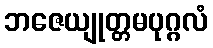
ဘဇေယျုတ္တမပုဂ္ဂလံ